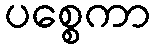
ပစ္စေကာ